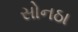
સોનઠા